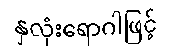
နှလုံးရောဂါဖြင့်